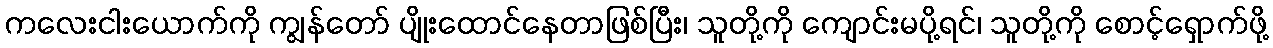
ကလေးငါးယောက်ကို ကျွန်တော် ပျိုးထောင်နေတာဖြစ်ပြီး၊ သူတို့ကို ကျောင်းမပို့ရင်၊ သူတို့ကို စောင့်ရှောက်ဖို့